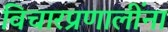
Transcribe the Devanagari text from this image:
विचारप्रणालींना